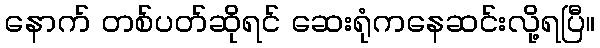
နောက် တစ်ပတ်ဆိုရင် ဆေးရုံကနေဆင်းလို့ရပြီ။